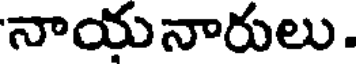
నాయనారులు.